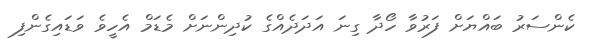
ކެންސަރު ބައްޔަށް ފަރުވާ ހޯދާ ގިނަ އަދަދެއްގެ ކުދިންނަށް މެޑަމް އެހީވެ ވަޑައިގެންފި